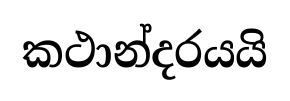
කථාන්දරයයි